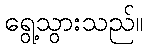
ရွေ့သွားသည်။